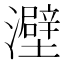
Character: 𤃎